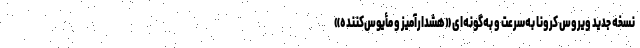
نسخه جدید ویروس کرونا به‌سرعت و به‌گونه‌ای «هشدارآمیز و مأیوس‌کننده»